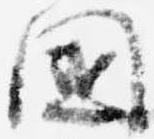
国